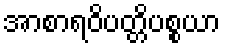
အာစာရဝိပတ္တိပစ္စယာ